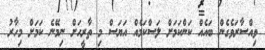
ވިއްސާރަވެގެން ބައެއް ކަންކަމަށް ލަސްކަމެއް އަޔަސް މި ތާރީހަށް ނިމޭނެ ކަމަށް މިހާރު